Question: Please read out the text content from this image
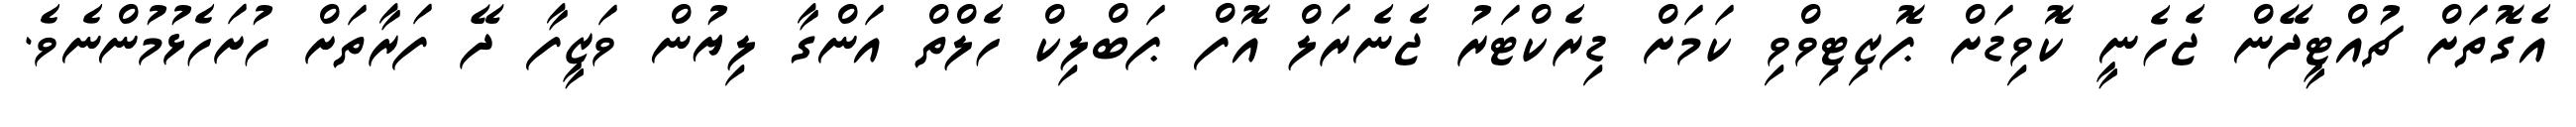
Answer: އެގޮތަށް ޗުއްޓީދޭން ޖެހެނީ ކޮވިޑަށް ޕޮޒިޓިވްވި ކަމަށް ޑިރެކްޓަރު ޖެނެރަލް އޮފް ޕަބްލިކް ހެލްތް އަންގާ ލިޔުން ވަޒީފާ ދޭ ފަރާތަށް ހުށަހެޅުމުންނެވެ.